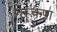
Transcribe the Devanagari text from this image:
गुरूकृपा